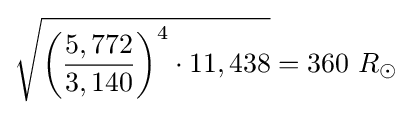
{\sqrt {{\biggl (}{\frac {5,772}{3,140}}{\biggr )}^{4}\cdot 11,438}}=360\ R_{\odot }